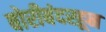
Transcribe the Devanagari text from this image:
बोरीबंदरहून